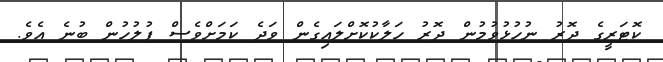
ކޮޓަރީގެ ދޮރު ނުހުޅުވުމުން ދޮރު ހަލާކުކޮށްލައިގެން ވަދެ ކަމަށްވެސް ފުލުހުން ބުނެ އެވެ.